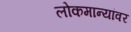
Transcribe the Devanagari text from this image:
लोकमान्यांवर